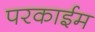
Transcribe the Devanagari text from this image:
परकाईम